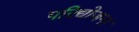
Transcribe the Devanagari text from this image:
परिद्योजना